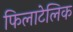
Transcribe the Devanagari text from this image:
फिलाटेलिक